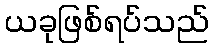
ယခုဖြစ်ရပ်သည်